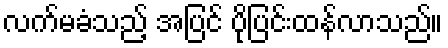
လက်မခံသည့် အပြင် ပိုပြင်းထန်လာသည်။